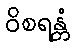
ဝိစရန္တံ